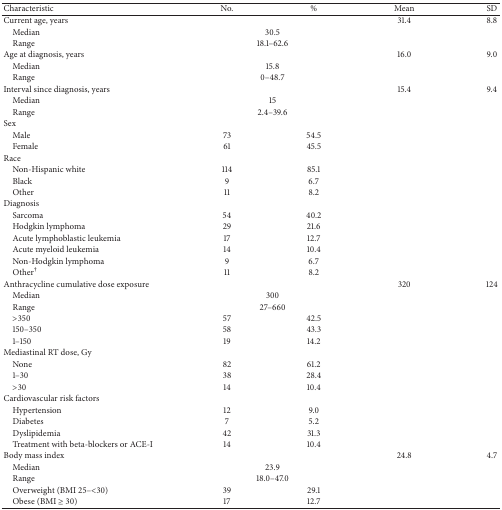
<table><thead><tr><td><b>Characteristic</b></td><td><b>No.</b></td><td><b>%</b></td><td><b>Mean</b></td><td><b>SD </b></td></tr></thead><tbody><tr><td>Current age, years</td><td> </td><td> </td><td>31.4</td><td>8.8</td></tr><tr><td> Median </td><td colspan="2"> 30.5 </td><td> </td><td> </td></tr><tr><td> Range</td><td colspan="2"> 18.1–62.6</td><td> </td><td> </td></tr><tr><td>Age at diagnosis, years</td><td> </td><td> </td><td>16.0</td><td>9.0</td></tr><tr><td> Median</td><td colspan="2"> 15.8</td><td> </td><td> </td></tr><tr><td> Range</td><td colspan="2"> 0–48.7</td><td> </td><td> </td></tr><tr><td>Interval since diagnosis, years</td><td> </td><td> </td><td>15.4</td><td>9.4</td></tr><tr><td> Median</td><td colspan="2"> 15</td><td> </td><td> </td></tr><tr><td> Range</td><td colspan="2"> 2.4–39.6</td><td> </td><td> </td></tr><tr><td>Sex</td><td> </td><td> </td><td> </td><td> </td></tr><tr><td> Male</td><td> 73</td><td>54.5</td><td> </td><td> </td></tr><tr><td> Female</td><td> 61</td><td>45.5</td><td> </td><td> </td></tr><tr><td>Race</td><td> </td><td> </td><td> </td><td> </td></tr><tr><td> Non-Hispanic white</td><td>114</td><td>85.1</td><td> </td><td> </td></tr><tr><td> Black</td><td> 9</td><td>6.7</td><td> </td><td> </td></tr><tr><td> Other</td><td> 11</td><td>8.2</td><td> </td><td> </td></tr><tr><td>Diagnosis</td><td> </td><td> </td><td> </td><td> </td></tr><tr><td> Sarcoma</td><td> 54</td><td>40.2</td><td> </td><td> </td></tr><tr><td> Hodgkin lymphoma</td><td> 29</td><td>21.6</td><td> </td><td> </td></tr><tr><td> Acute lymphoblastic leukemia</td><td> 17</td><td>12.7</td><td> </td><td> </td></tr><tr><td> Acute myeloid leukemia </td><td> 14</td><td>10.4</td><td> </td><td> </td></tr><tr><td> Non-Hodgkin lymphoma</td><td> 9</td><td>6.7</td><td> </td><td> </td></tr><tr><td> Other<sup>†</sup></td><td> 11</td><td>8.2</td><td> </td><td> </td></tr><tr><td>Anthracycline cumulative dose exposure</td><td> </td><td> </td><td>320</td><td>124</td></tr><tr><td> Median</td><td colspan="2"> 300</td><td> </td><td> </td></tr><tr><td> Range</td><td colspan="2"> 27–660</td><td> </td><td> </td></tr><tr><td> &gt;350</td><td>57</td><td>42.5</td><td> </td><td> </td></tr><tr><td> 150–350</td><td>58</td><td>43.3</td><td> </td><td> </td></tr><tr><td> 1–150</td><td>19</td><td>14.2</td><td> </td><td> </td></tr><tr><td>Mediastinal RT dose, Gy</td><td> </td><td> </td><td> </td><td> </td></tr><tr><td> None</td><td>82</td><td>61.2</td><td> </td><td> </td></tr><tr><td> 1–30</td><td>38</td><td>28.4</td><td> </td><td> </td></tr><tr><td> &gt;30</td><td>14</td><td>10.4</td><td> </td><td> </td></tr><tr><td>Cardiovascular risk factors</td><td> </td><td> </td><td> </td><td> </td></tr><tr><td> Hypertension</td><td>12</td><td>9.0</td><td> </td><td> </td></tr><tr><td> Diabetes</td><td> 7</td><td>5.2 </td><td> </td><td> </td></tr><tr><td> Dyslipidemia</td><td>42</td><td>31.3</td><td> </td><td> </td></tr><tr><td> Treatment with beta-blockers or ACE-I</td><td>14</td><td>10.4</td><td> </td><td> </td></tr><tr><td>Body mass index</td><td> </td><td> </td><td>24.8</td><td>4.7</td></tr><tr><td> Median</td><td colspan="2"> 23.9 </td><td> </td><td> </td></tr><tr><td> Range</td><td colspan="2"> 18.0–47.0</td><td> </td><td> </td></tr><tr><td> Overweight (BMI 25–&lt;30)</td><td>39</td><td>29.1</td><td> </td><td> </td></tr><tr><td> Obese (BMI ≥ 30)</td><td>17</td><td>12.7</td><td> </td><td> </td></tr></tbody></table>